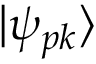
| \psi _ { p k } \rangle